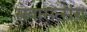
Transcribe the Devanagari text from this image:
सेवासत्संग